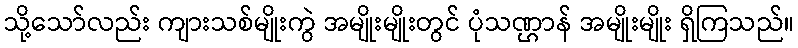
သို့သော်လည်း ကျားသစ်မျိုးကွဲ အမျိုးမျိုးတွင် ပုံသဏ္ဌာန် အမျိုးမျိုး ရှိကြသည်။